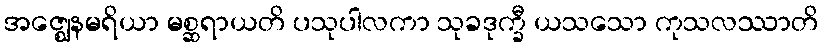
အဇ္ဈေနမရိယာ မစ္ဆရာယတိ ပသုပါလကာ သုခဒုက္ခီ ယသသော ကုသလဿာတိ